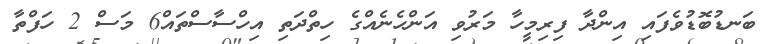
ބަނޑުބޮޑުވެފައި އިންދާ ފިރިމީހާ މަރުވި އަންހެނެއްގެ ހިތްދަތި އިހްސާސްތައް6 މަސް 2 ހަފްތާ